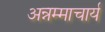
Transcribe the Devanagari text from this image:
अन्नम्माचार्य